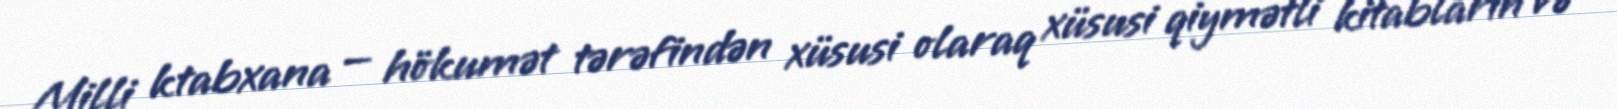
Milli ktabxana — hökumət tərəfindən xüsusi olaraq xüsusi qiymətli kitabların və